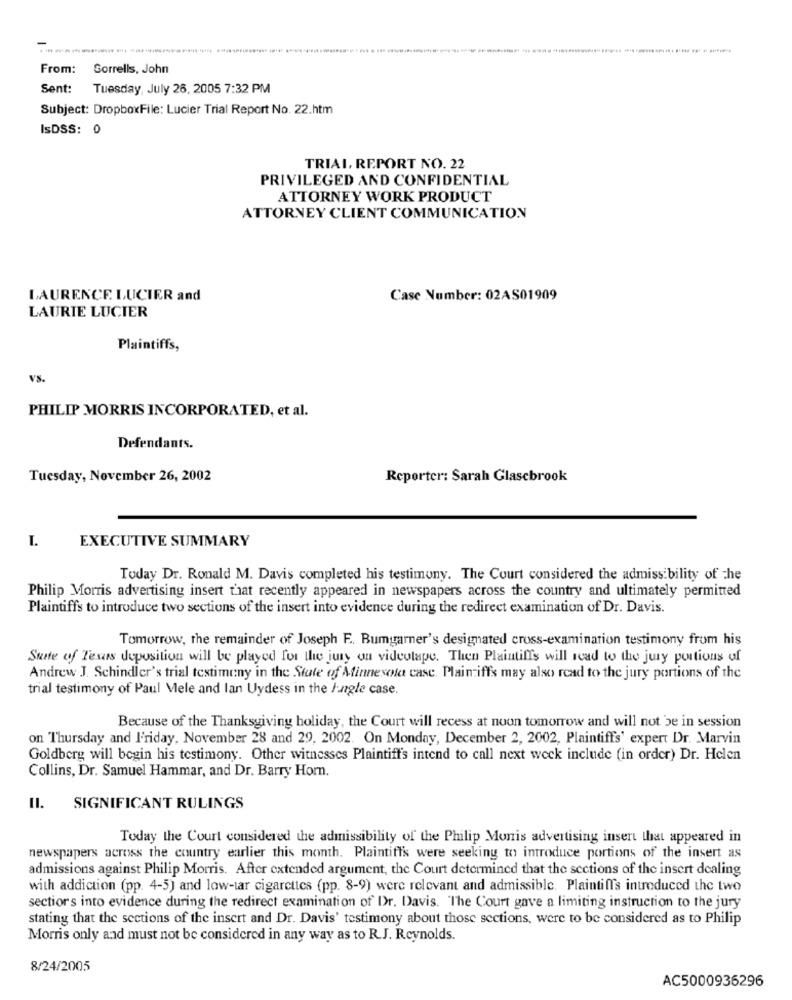
From:
Sorrells, John
Sent: Tuesday, July 26, 2005 7:32 PM
Subject: DropboxFile: Lucier Trial Report No. 22.htm
IsDSS: 0
TRIAL, REPORT NO. 22
PRIVILEGED AND CONFIDENTIAL
ATTORNEY WORK PRODUCT
ATTORNEY CLIENT COMMUNICATION
LAURENCE LUCIER and
Case Number: 02AS01909
LAURIE LUCIER
Plaintiffs,
VS.
PHILIP MORRIS INCORPORATED, et al.
Defendants.
Tuesday, November 26, 2002
Reporter: Sarah Glascbrook
I.
EXECUTIVE SUMMARY
Today Dr. Ronald M. Davis completed his testimony. The Court considered the admiss bility of the
Philip Morris advertising insert that recently appeared in newspapers across the country and ultimately permitted
Plaintiffs to introduce two sections of the insert into evidence during the redirect examination of Dr. Davis.
Tomorrow, the remainder of Joseph F .. Bumgarner's designated cross-examination testimony from his
State of Texas deposition will be played for the jury on videotape. Then Plaintiffs will read to the jury portions of
Andrew J. Schindler's trial testimony in the State of Minnesota case. Plaintiffs may also read to the jury portions of the
trial testimony of Paul Vele and lan Uydess in the Ingle case.
Because of the Thanksgiving holiday, the Court will recess at noon tomorrow and will not be in session
on Thursday and Friday, November 28 and 29, 2002. On Monday, December 2, 2002, Plaintiffs' expert Dr. Marvin
Goldberg will begin his testimony. Other witnesses Plaintiff's intend to call next week include (in order) Dr. Helen
Collins, Dr. Samuel Hammar, and Dr. Barry Horn.
II.
SIGNIFICANT RULINGS
Today the Court considered the admissibility of the Philip Monis advertising insert that appeared in
newspapers across the country earlier this month. Plaintiff's were seeking to introduce portions of the insert as
admissions against Philip Morris. After extended argument, the Court determined that the sections of the insert dealing
with addiction (pp. 4-5) and low-tar cigarettes (pp. 8-9) were relevant and admissible. Plaintiff's introduced the two
sections into evidence during the redirect examination of Dr. Davis. The Court gave a limiting instruction to the jury
stating that the sections of the insert and Dr. Davis' testimony about those sections, were to be considered as to Philip
Morris only and must not be considered in any way as to R.J. Reynolds.
8/24/2005
AC5000936296